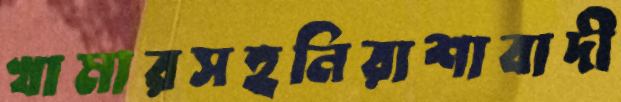
খামারসহনিরাশাবাদী